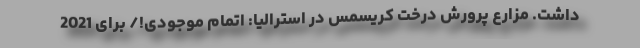
داشت. مزارع پرورش درخت کریسمس در استرالیا: اتمام موجودی!/ برای 2021